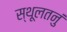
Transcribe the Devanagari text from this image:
स्थूलतनुं